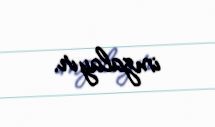
imzalayır.